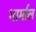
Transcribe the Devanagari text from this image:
भार्माल